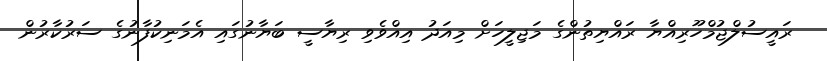
ރައީސުލްޖުމްހޫރިއްޔާ ރައްޔިތުންގެ މަޖިލީހަށް މިއަދު އިއްވެވި ރިޔާސީ ބަޔާނުގައި އެމަނިކުފާނުގެ ސަރުކާރުން